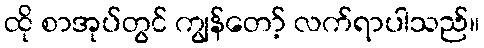
ထို စာအုပ်တွင် ကျွန်တော့် လက်ရာပါသည်။